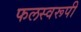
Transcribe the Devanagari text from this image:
फलस्वरूपी